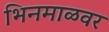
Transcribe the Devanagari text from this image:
भिनमाळवर